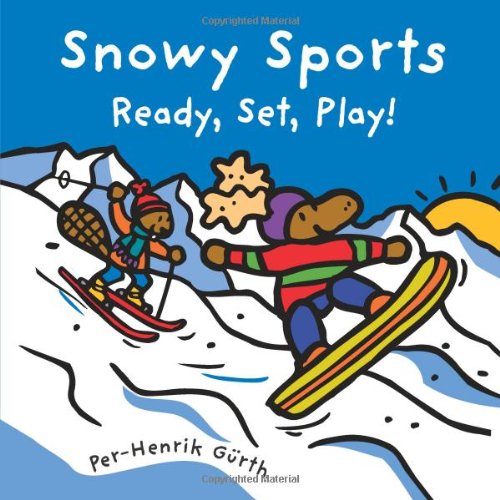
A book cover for Snowy Sports: Ready, Set, Play!; Per Henrik Gurth; Children's Books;